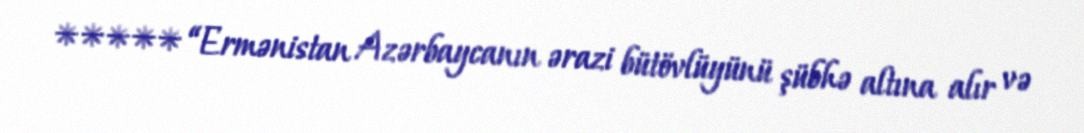
***** “Ermənistan Azərbaycanın ərazi bütövlüyünü şübhə altına alır və